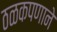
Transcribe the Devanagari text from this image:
ठळकपणाने